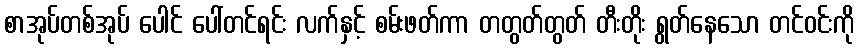
စာအုပ်တစ်အုပ် ပေါင် ပေါ်တင်ရင်း လက်နှင့် စမ်းဖတ်ကာ တတွတ်တွတ် တီးတိုး ရွတ်နေသော တင်ဝင်းကို